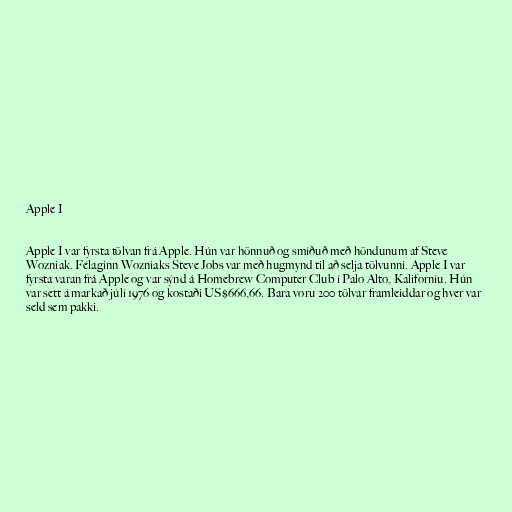
Apple I

Apple I var fyrsta tölvan frá Apple. Hún var hönnuð og smíðuð með höndunum af Steve
Wozniak. Félaginn Wozniaks Steve Jobs var með hugmynd til að selja tölvunni. Apple I var
fyrsta varan frá Apple og var sýnd á Homebrew Computer Club í Palo Alto, Kaliforníu. Hún
var sett á markað júlí 1976 og kostaði US$666,66. Bara voru 200 tölvar framleiddar og hver var
seld sem pakki.